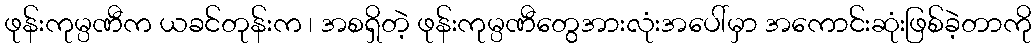
ဖုန်းကုမ္ပဏီက ယခင်တုန်းက ၊ အစရှိတဲ့ ဖုန်းကုမ္ပဏီတွေအားလုံးအပေါ်မှာ အကောင်းဆုံးဖြစ်ခဲ့တာကို